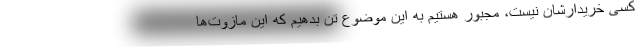
کسی خریدارشان نیست، مجبور هستیم به این موضوع تن بدهیم که این مازوت‌ها